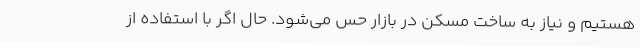
هستیم و نیاز به ساخت مسکن در بازار حس می‌شود. حال اگر با استفاده از